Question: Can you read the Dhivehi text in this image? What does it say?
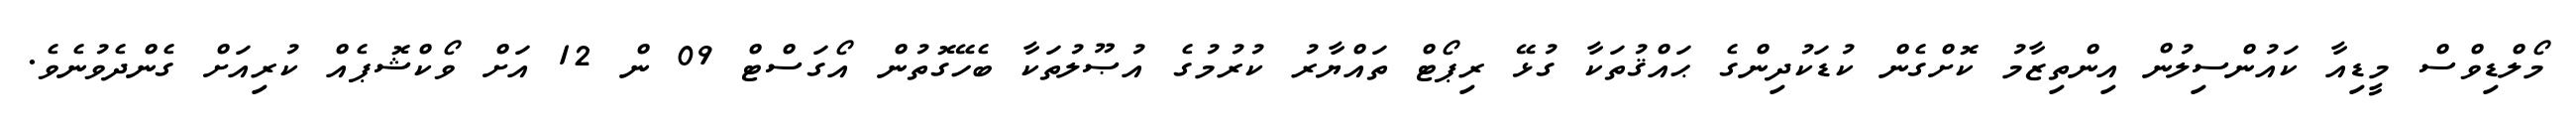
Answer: މޯލްޑިވްސް މީޑިއާ ކައުންސިލުން އިންތިޒާމު ކޮށްގެން ކުޑަކުދިންގެ ޙައްޤުތަކާ ގުޅޭ ރިޕޯޓް ތައްޔާރު ކުރުމުގެ އުޞޫލުތަކާ ބެހޭގޮތުން އޯގަސްޓް 09 ން 12 އަށް ވޯކްޝޮޕެއް ކުރިއަށް ގެންދެވުނެވެ.